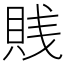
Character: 賎